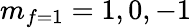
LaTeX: m_{f=1}=1,0,-1